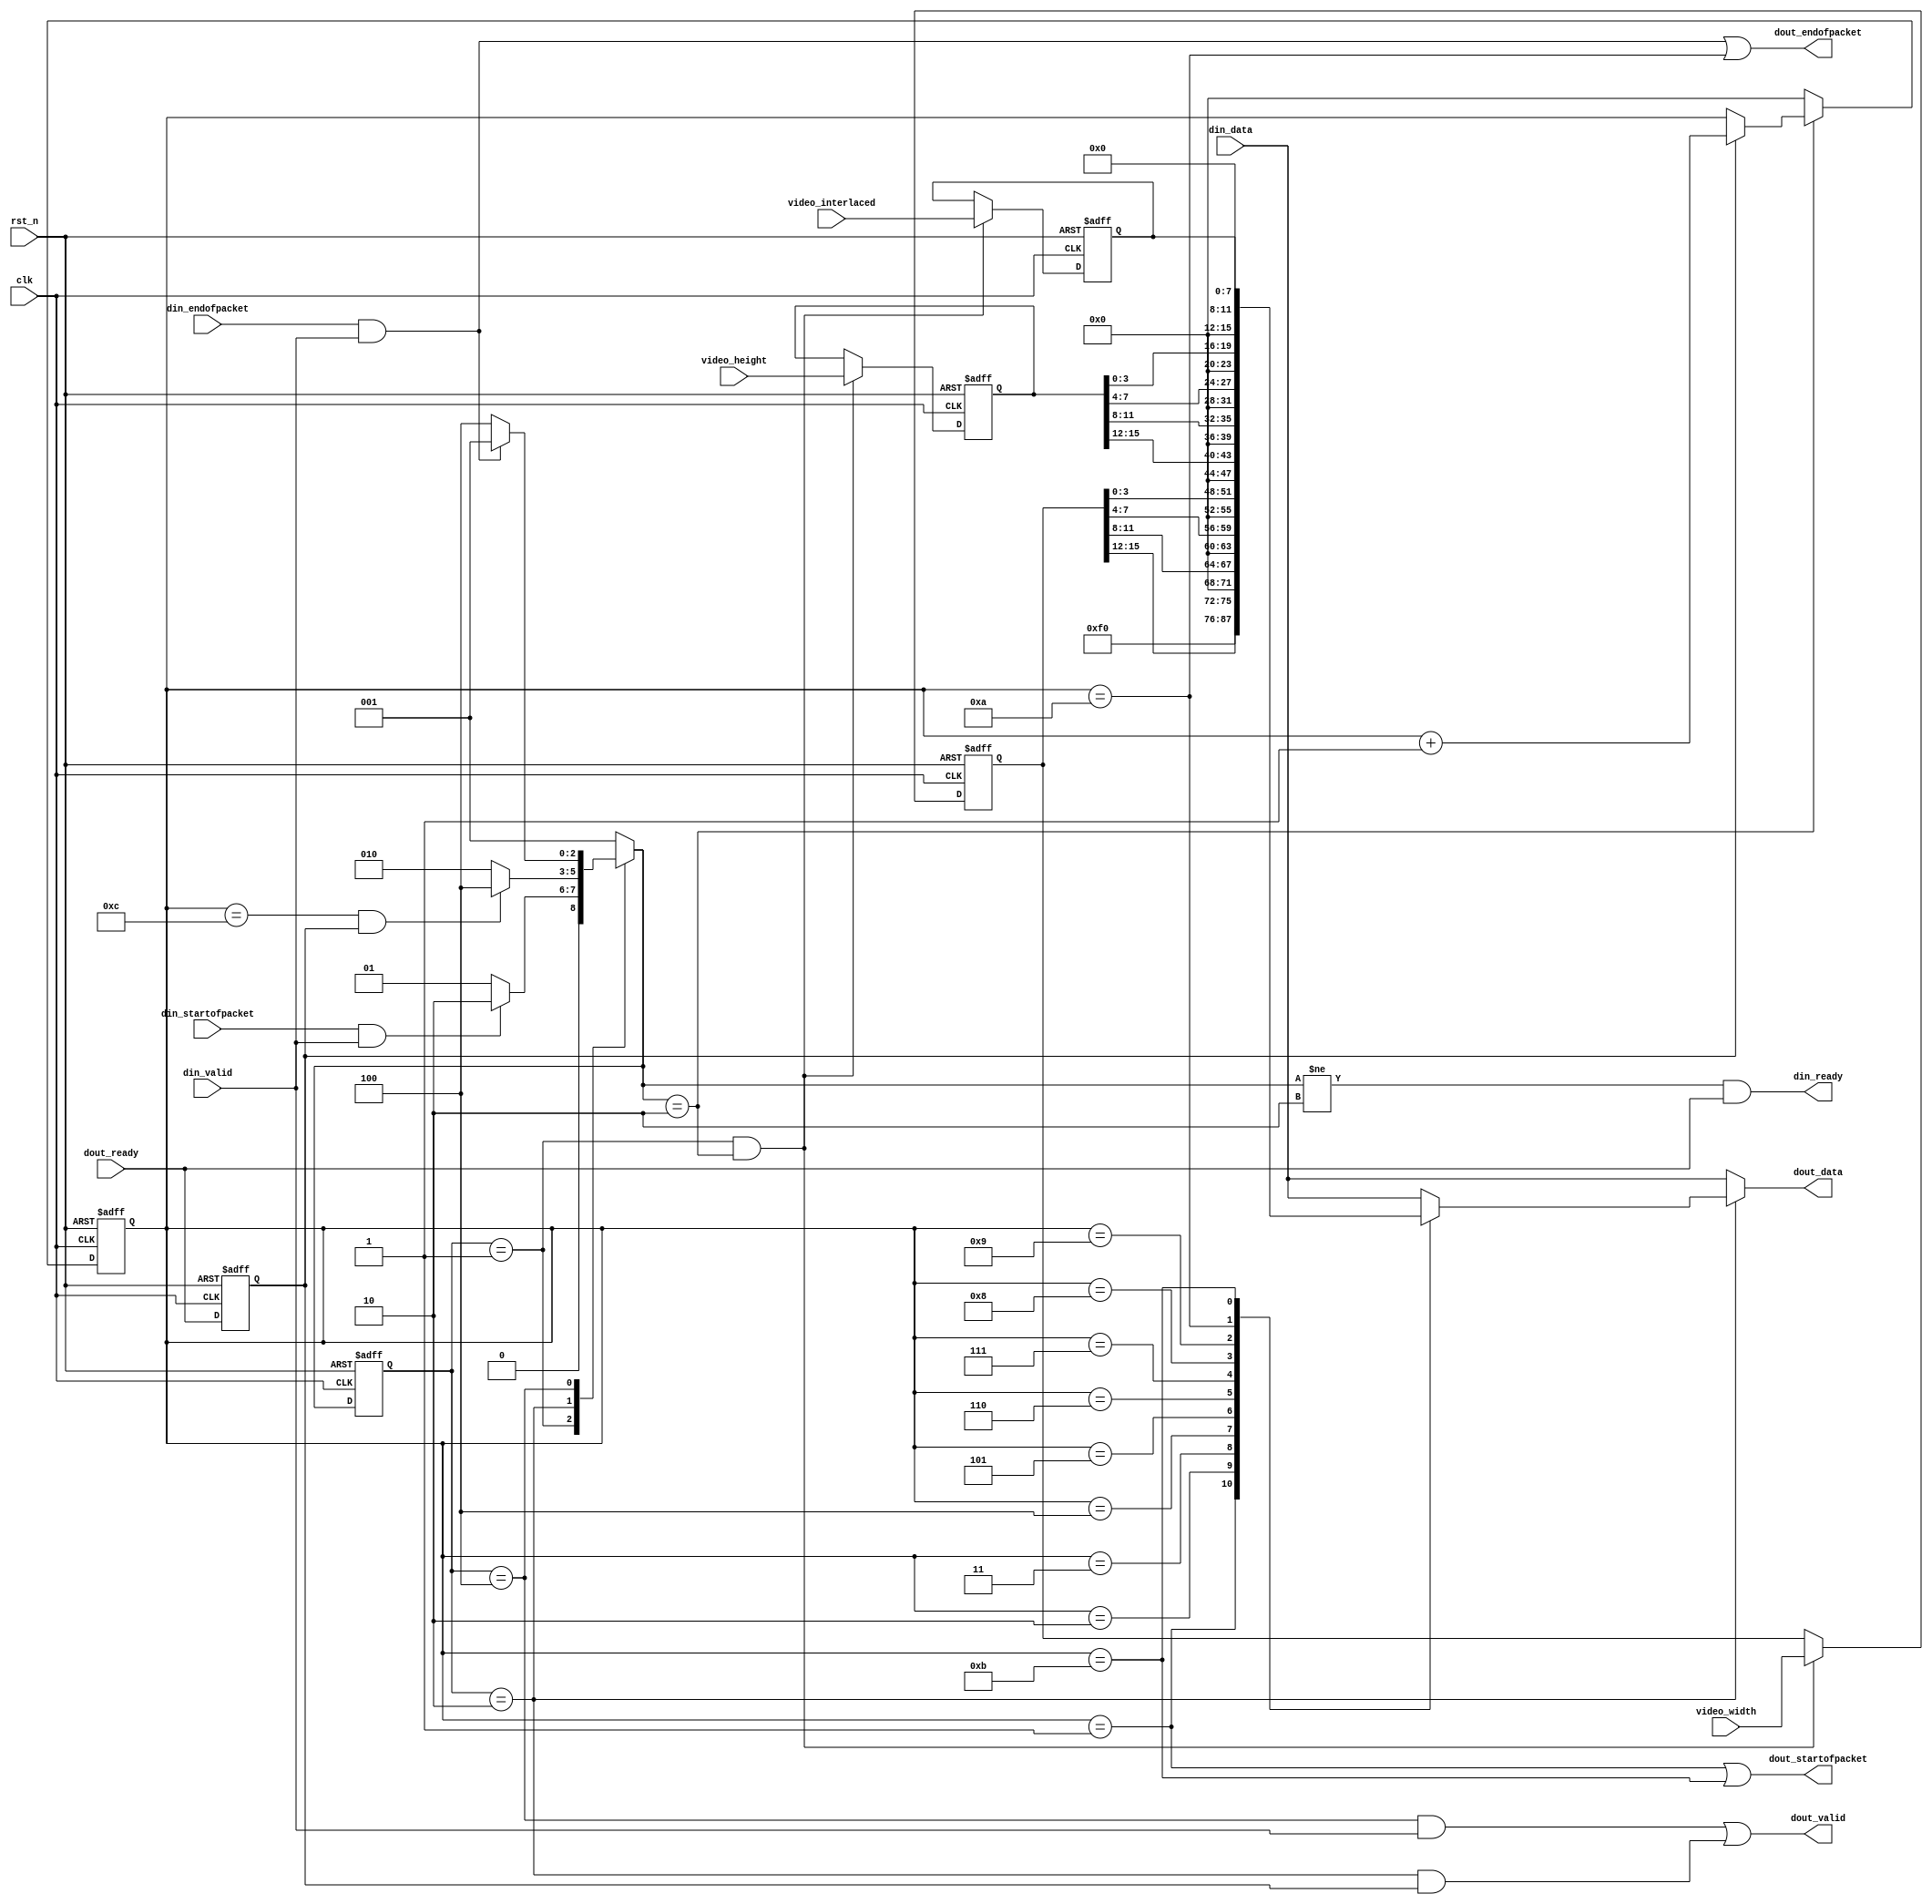
module GB_encode(
	clk,rst_n,
	
	video_width,video_height,video_interlaced,
	
	din_data,din_valid,din_ready,
	din_startofpacket,din_endofpacket,
	
	dout_data,dout_valid,dout_ready,
	dout_startofpacket,dout_endofpacket
);

parameter						DATA_WIDTH	= 8;
parameter						DATA_BITS	= 8;
parameter						DATA_PLANES	= 1;

input								clk,rst_n;

input		[15:0]				video_width,video_height;
input		[3:0]					video_interlaced;

input		[DATA_WIDTH-1:0]	din_data;
input								din_valid,din_startofpacket,din_endofpacket;
output							din_ready;

output	[DATA_WIDTH-1:0]	dout_data;
output							dout_valid,dout_startofpacket,dout_endofpacket;
input								dout_ready;

reg		[2:0]					state,n_state;
reg		[3:0]					cnt;
reg		[DATA_WIDTH-1:0]	dout_data_reg;
reg								dout_ready_reg;

reg		[15:0]				width,height;
reg		[3:0]					interlaced;
wire		[DATA_BITS-1:0]	ctrl_pack[9];

localparam IDLE = 3'b001;
localparam CODE = 3'b010;
localparam DATA = 3'b100;

assign din_ready				= (n_state!=CODE) && dout_ready;
assign dout_valid				= ((state==DATA) && din_valid)	|| ((state==CODE) && dout_ready_reg);
assign dout_startofpacket	= (cnt==4'd1)							|| ((DATA_PLANES==1)&&(cnt==4'hB)) || ((DATA_PLANES==2)&&(cnt==4'h7)) || ((DATA_PLANES==3)&&(cnt==4'h5));
assign dout_endofpacket		= (din_endofpacket & din_valid)	|| ((DATA_PLANES==1)&&(cnt==4'hA)) || ((DATA_PLANES==2)&&(cnt==4'h6)) || ((DATA_PLANES==3)&&(cnt==4'h4));
assign dout_data				= dout_data_reg;

assign ctrl_pack[0] = width[15:12];
assign ctrl_pack[1] = width[11:8];
assign ctrl_pack[2] = width[7:4];
assign ctrl_pack[3] = width[3:0];
assign ctrl_pack[4] = height[15:12];
assign ctrl_pack[5] = height[11:8];
assign ctrl_pack[6] = height[7:4];
assign ctrl_pack[7] = height[3:0];
assign ctrl_pack[8] = interlaced;

always @(posedge clk or negedge rst_n)
begin
	if(!rst_n)
	begin
		width <= 16'd0;
		height <= 16'd0;
		interlaced <= 4'd0;
	end
	else if(state==IDLE && n_state==CODE)
	begin
		width <= video_width;
		height <= video_height;
		interlaced <= video_interlaced;
	end
end

always @(posedge clk or negedge rst_n)
begin
	if(!rst_n)
		state <= IDLE;
	else
		state <= n_state;
end

always @(state or cnt or din_startofpacket or din_endofpacket or din_valid or dout_ready_reg)
begin
	case(state)
	IDLE:n_state = (din_startofpacket & din_valid) ? CODE : IDLE;
	CODE:begin
		case(DATA_PLANES)
		1:n_state = ((cnt==4'hC) && dout_ready_reg) ? DATA : CODE;
		2:n_state = ((cnt==4'h8) && dout_ready_reg) ? DATA : CODE;
		3:n_state = ((cnt==4'h6) && dout_ready_reg) ? DATA : CODE;
		endcase
	end
	DATA:n_state = (din_endofpacket & din_valid) ? IDLE : DATA;
	default:n_state = IDLE;
	endcase
end

always @(posedge clk or negedge rst_n)
begin
	if(!rst_n)
		dout_ready_reg <= 1'b0;
	else
		dout_ready_reg <= dout_ready;
end

always @(posedge clk or negedge rst_n)
begin
	if(!rst_n)
		cnt <= 4'd0;
	else if(n_state==CODE)
		cnt <= dout_ready_reg ? (cnt + 4'd1) : cnt;
	else
		cnt <= 4'd0;
end

always @(state or cnt or din_data)
begin
	if(state==CODE)
	begin
		case(DATA_PLANES)
		1:begin
			case(cnt)
			4'h1:dout_data_reg = 'hF;
			4'h2:dout_data_reg = ctrl_pack[0];
			4'h3:dout_data_reg = ctrl_pack[1];
			4'h4:dout_data_reg = ctrl_pack[2];
			4'h5:dout_data_reg = ctrl_pack[3];
			4'h6:dout_data_reg = ctrl_pack[4];
			4'h7:dout_data_reg = ctrl_pack[5];
			4'h8:dout_data_reg = ctrl_pack[6];
			4'h9:dout_data_reg = ctrl_pack[7];
			4'hA:dout_data_reg = ctrl_pack[8];
			4'hB:dout_data_reg = 'h0;
			4'hC:dout_data_reg = din_data;
			default:dout_data_reg = din_data;
			endcase
		end
		2:begin
			case(cnt)
			4'h1:dout_data_reg = 'hF;
			4'h2:dout_data_reg = {ctrl_pack[1],ctrl_pack[0]};
			4'h3:dout_data_reg = {ctrl_pack[3],ctrl_pack[2]};
			4'h4:dout_data_reg = {ctrl_pack[5],ctrl_pack[4]};
			4'h5:dout_data_reg = {ctrl_pack[7],ctrl_pack[6]};
			4'h6:dout_data_reg = ctrl_pack[8];
			4'h7:dout_data_reg = 'h0;
			4'h8:dout_data_reg = din_data;
			default:dout_data_reg = din_data;
			endcase
		end
		3:begin
			case(cnt)
			4'h1:dout_data_reg = 'hF;
			4'h2:dout_data_reg = {ctrl_pack[2],ctrl_pack[1],ctrl_pack[0]};
			4'h3:dout_data_reg = {ctrl_pack[5],ctrl_pack[4],ctrl_pack[3]};
			4'h4:dout_data_reg = {ctrl_pack[8],ctrl_pack[7],ctrl_pack[6]};
			4'h5:dout_data_reg = 'h0;
			4'h6:dout_data_reg = din_data;
			default:dout_data_reg = din_data;
			endcase
		end
		default:dout_data_reg = din_data;
		endcase
	end
	else
		dout_data_reg = din_data;
end

endmodule